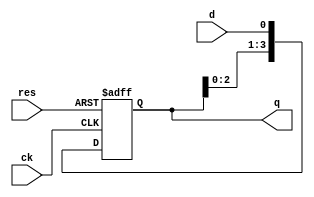
module shift_1( ck, d, res, q );
    input ck, d, res;
    output [3:0] q;
    reg [3:0] q;

    always @( negedge ck or posedge res)
    begin
        if( res == 1'b1 )
            q <= 4'h0;
    else begin
            q[0] <= d;
            q[1] <= q[0];
            q[2] <= q[1];
            q[3] <= q[2];
        end
    end
endmodule